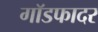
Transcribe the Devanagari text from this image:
गाॅडफादर